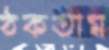
ঠকতাম